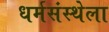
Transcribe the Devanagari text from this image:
धर्मसंस्थेला